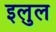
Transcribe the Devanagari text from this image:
इलुल